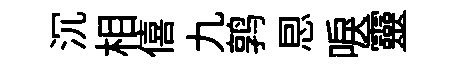
沉相僖九鹑㤙唳靈